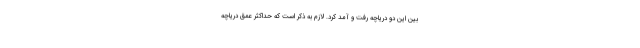
بین این دو دریاچه رفت و آمد کرد. لازم به ذکر است که حداکثر عمق دریاچه